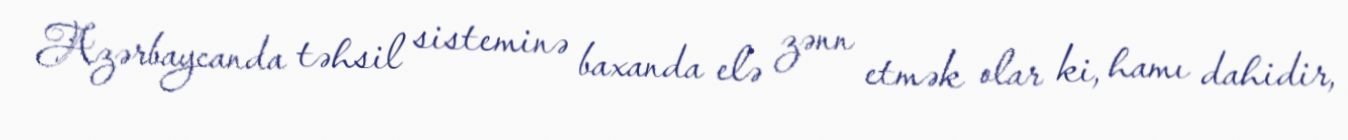
Azərbaycanda təhsil sisteminə baxanda elə zənn etmək olar ki, hamı dahidir,